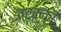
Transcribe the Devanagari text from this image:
तरक़्की़